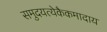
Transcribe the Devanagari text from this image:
समुदयत्येकैकमादाय